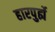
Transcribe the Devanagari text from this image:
हारपुर्ह्ये